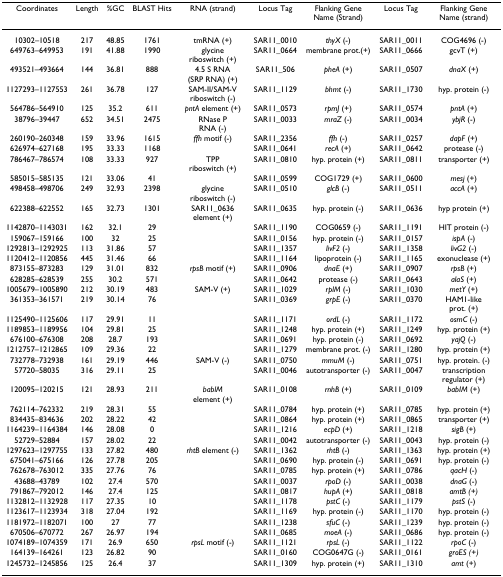
<table><thead><tr><td><b>Coordinates</b></td><td><b>Length</b></td><td><b>%GC</b></td><td><b>BLAST Hits</b></td><td><b>RNA (strand)</b></td><td><b>Locus Tag</b></td><td><b>Flanking Gene Name (Strand)</b></td><td><b>Locus Tag</b></td><td><b>Flanking Gene Name (strand)</b></td></tr></thead><tbody><tr><td>10302–10518</td><td>217</td><td>48.85</td><td>1761</td><td>tmRNA (+)</td><td>SAR11_0010</td><td><i>thyX </i>(-)</td><td>SAR11_0011</td><td>COG4696 (-)</td></tr><tr><td>649763–649953</td><td>191</td><td>41.88</td><td>1990</td><td>glycineriboswitch (+)</td><td>SAR11_0664</td><td>membrane prot.(+)</td><td>SAR11_0666</td><td>gcvT (+)</td></tr><tr><td>493521–493664</td><td>144</td><td>36.81</td><td>888</td><td>4.5 S RNA(SRP RNA) (+)</td><td>SAR11_506</td><td><i>pheA </i>(+)</td><td>SAR11_0507</td><td><i>dnaX </i>(+)</td></tr><tr><td>1127293–1127553</td><td>261</td><td>36.78</td><td>127</td><td>SAM-II/SAM-V riboswitch (-)</td><td>SAR11_1129</td><td><i>bhmt </i>(-)</td><td>SAR11_1730</td><td>hyp. protein (-)</td></tr><tr><td>564786–564910</td><td>125</td><td>35.2</td><td>611</td><td><i>pntA </i>element (+)</td><td>SAR11_0573</td><td><i>rpmJ </i>(+)</td><td>SAR11_0574</td><td><i>pntA </i>(+)</td></tr><tr><td>38796–39447</td><td>652</td><td>34.51</td><td>2475</td><td>RNase PRNA (-)</td><td>SAR11_0033</td><td><i>mraZ </i>(-)</td><td>SAR11_0034</td><td><i>ybjR </i>(-)</td></tr><tr><td>260190–260348</td><td>159</td><td>33.96</td><td>1615</td><td><i>ffh </i>motif (-)</td><td>SAR11_2356</td><td><i>ffh </i>(-)</td><td>SAR11_0257</td><td><i>dapF </i>(+)</td></tr><tr><td>626974–627168</td><td>195</td><td>33.33</td><td>1168</td><td></td><td>SAR11_0641</td><td><i>recA </i>(+)</td><td>SAR11_0642</td><td>protease (-)</td></tr><tr><td>786467–786574</td><td>108</td><td>33.33</td><td>927</td><td>TPPriboswitch (+)</td><td>SAR11_0810</td><td>hyp. protein (+)</td><td>SAR11_0811</td><td>transporter (+)</td></tr><tr><td>585015–585135</td><td>121</td><td>33.06</td><td>41</td><td></td><td>SAR11_0599</td><td>COG1729 (+)</td><td>SAR11_0600</td><td><i>mesj </i>(+)</td></tr><tr><td>498458–498706</td><td>249</td><td>32.93</td><td>2398</td><td>glycineriboswitch (-)</td><td>SAR11_0510</td><td><i>glcB </i>(-)</td><td>SAR11_0511</td><td><i>accA </i>(+)</td></tr><tr><td>622388–622552</td><td>165</td><td>32.73</td><td>1301</td><td>SAR11_0636 element (+)</td><td>SAR11_0635</td><td>hyp. protein (-)</td><td>SAR11_0636</td><td>hyp protein (+)</td></tr><tr><td>1142870–1143031</td><td>162</td><td>32.1</td><td>29</td><td></td><td>SAR11_1190</td><td>COG0659 (-)</td><td>SAR11_1191</td><td>HIT protein (-)</td></tr><tr><td>159067–159166</td><td>100</td><td>32</td><td>25</td><td></td><td>SAR11_0156</td><td>hyp. protein (-)</td><td>SAR11_0157</td><td><i>ispA </i>(-)</td></tr><tr><td>1292813–1292925</td><td>113</td><td>31.86</td><td>57</td><td></td><td>SAR11_1357</td><td><i>livF2 </i>(-)</td><td>SAR11_1358</td><td><i>livG2 </i>(-)</td></tr><tr><td>1120412–1120856</td><td>445</td><td>31.46</td><td>66</td><td></td><td>SAR11_1164</td><td>lipoprotein (-)</td><td>SAR11_1165</td><td>exonuclease (+)</td></tr><tr><td>873155–873283</td><td>129</td><td>31.01</td><td>832</td><td><i>rpsB </i>motif (+)</td><td>SAR11_0906</td><td><i>dnaE </i>(+)</td><td>SAR11_0907</td><td><i>rpsB </i>(+)</td></tr><tr><td>628285–628539</td><td>255</td><td>30.2</td><td>571</td><td></td><td>SAR11_0642</td><td>protease (-)</td><td>SAR11_0643</td><td><i>alaS </i>(+)</td></tr><tr><td>1005679–1005890</td><td>212</td><td>30.19</td><td>483</td><td>SAM-V (+)</td><td>SAR11_1029</td><td><i>rplM </i>(-)</td><td>SAR11_1030</td><td><i>metY </i>(+)</td></tr><tr><td>361353–361571</td><td>219</td><td>30.14</td><td>76</td><td></td><td>SAR11_0369</td><td><i>grpE </i>(-)</td><td>SAR11_0370</td><td>HAM1-likeprot. (+)</td></tr><tr><td>1125490–1125606</td><td>117</td><td>29.91</td><td>11</td><td></td><td>SAR11_1171</td><td><i>ordL </i>(-)</td><td>SAR11_1172</td><td><i>osmC </i>(-)</td></tr><tr><td>1189853–1189956</td><td>104</td><td>29.81</td><td>25</td><td></td><td>SAR11_1248</td><td>hyp. protein (+)</td><td>SAR11_1249</td><td>hyp. protein (+)</td></tr><tr><td>676100–676308</td><td>208</td><td>28.7</td><td>193</td><td></td><td>SAR11_0691</td><td>hyp. protein (-)</td><td>SAR11_0692</td><td><i>yajQ </i>(-)</td></tr><tr><td>1212757–1212865</td><td>109</td><td>29.36</td><td>22</td><td></td><td>SAR11_1279</td><td>membrane prot. (-)</td><td>SAR11_1280</td><td>hyp. protein (+)</td></tr><tr><td>732778–732938</td><td>161</td><td>29.19</td><td>446</td><td>SAM-V (-)</td><td>SAR11_0750</td><td><i>mmuM </i>(-)</td><td>SAR11_0751</td><td>hyp. protein. (-)</td></tr><tr><td>57720–58035</td><td>316</td><td>29.11</td><td>25</td><td></td><td>SAR11_0046</td><td>autotransporter (-)</td><td>SAR11_0047</td><td>transcription regulator (+)</td></tr><tr><td>120095–120215</td><td>121</td><td>28.93</td><td>211</td><td><i>bablM</i>element (+)</td><td>SAR11_0108</td><td><i>rnhB </i>(+)</td><td>SAR11_0109</td><td><i>babIM </i>(+)</td></tr><tr><td>762114–762332</td><td>219</td><td>28.31</td><td>55</td><td></td><td>SAR11_0784</td><td>hyp. protein (+)</td><td>SAR11_0785</td><td>hyp. protein (+)</td></tr><tr><td>834435–834636</td><td>202</td><td>28.22</td><td>42</td><td></td><td>SAR11_0864</td><td>hyp. protein (+)</td><td>SAR11_0865</td><td>transporter (+)</td></tr><tr><td>1164239–1164384</td><td>146</td><td>28.08</td><td>0</td><td></td><td>SAR11_1216</td><td><i>ecpD </i>(+)</td><td>SAR11_1218</td><td><i>sigB </i>(+)</td></tr><tr><td>52729–52884</td><td>157</td><td>28.02</td><td>22</td><td></td><td>SAR11_0042</td><td>autotransporter (-)</td><td>SAR11_0043</td><td>hyp. protein (-)</td></tr><tr><td>1297623–1297755</td><td>133</td><td>27.82</td><td>480</td><td><i>rhtB </i>element (-)</td><td>SAR11_1362</td><td><i>rhtB </i>(-)</td><td>SAR11_1363</td><td>hyp. protein (+)</td></tr><tr><td>675041–675166</td><td>126</td><td>27.78</td><td>205</td><td></td><td>SAR11_0690</td><td>hyp. protein (-)</td><td>SAR11_0691</td><td>hyp. protein (-)</td></tr><tr><td>762678–763012</td><td>335</td><td>27.76</td><td>76</td><td></td><td>SAR11_0785</td><td>hyp. protein (+)</td><td>SAR11_0786</td><td><i>qacH </i>(-)</td></tr><tr><td>43688–43789</td><td>102</td><td>27.4</td><td>570</td><td></td><td>SAR11_0037</td><td><i>rpoD </i>(-)</td><td>SAR11_0038</td><td><i>dnaG </i>(-)</td></tr><tr><td>791867–792012</td><td>146</td><td>27.4</td><td>125</td><td></td><td>SAR11_0817</td><td><i>hupA </i>(+)</td><td>SAR11_0818</td><td><i>amtB (+)</i></td></tr><tr><td>1132812–1132928</td><td>117</td><td>27.35</td><td>10</td><td></td><td>SAR11_1178</td><td><i>pstC </i>(-)</td><td>SAR11_1179</td><td><i>pstS </i>(-)</td></tr><tr><td>1123617–1123934</td><td>318</td><td>27.04</td><td>192</td><td></td><td>SAR11_1169</td><td>hyp. protein (-)</td><td>SAR11_1170</td><td>hyp. protein (-)</td></tr><tr><td>1181972–1182071</td><td>100</td><td>27</td><td>77</td><td></td><td>SAR11_1238</td><td><i>sfuC </i>(-)</td><td>SAR11_1239</td><td>hyp. protein (-)</td></tr><tr><td>670506–670772</td><td>267</td><td>26.97</td><td>194</td><td></td><td>SAR11_0685</td><td><i>moeA </i>(-)</td><td>SAR11_0686</td><td>hyp. protein (-)</td></tr><tr><td>1074189–1074359</td><td>171</td><td>26.9</td><td>650</td><td><i>rpsL </i>motif (-)</td><td>SAR11_1121</td><td><i>rpsL </i>(-)</td><td>SAR11_1122</td><td><i>rpoC </i>(-)</td></tr><tr><td>164139–164261</td><td>123</td><td>26.82</td><td>90</td><td></td><td>SAR11_0160</td><td>COG0647G (-)</td><td>SAR11_0161</td><td><i>groES (+)</i></td></tr><tr><td>1245732–1245856</td><td>125</td><td>26.4</td><td>37</td><td></td><td>SAR11_1309</td><td>hyp. protein (+)</td><td>SAR11_1310</td><td><i>amt </i>(+)</td></tr></tbody></table>